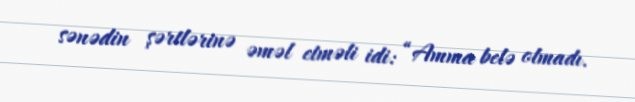
sənədin şərtlərinə əməl etməli idi: “Amma belə olmadı.